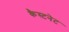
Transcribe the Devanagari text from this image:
कैस्टनेट